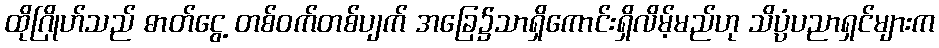
ထိုဂြိုဟ်သည် ဓာတ်ငွေ့ တစ်ဝက်တစ်ပျက် အခြေ၌သာရှိကောင်းရှိလိမ့်မည်ဟု သိပ္ပံပညာရှင်များက